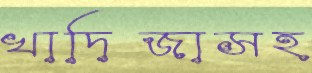
খাদিজাসহ